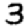
Digit: 3